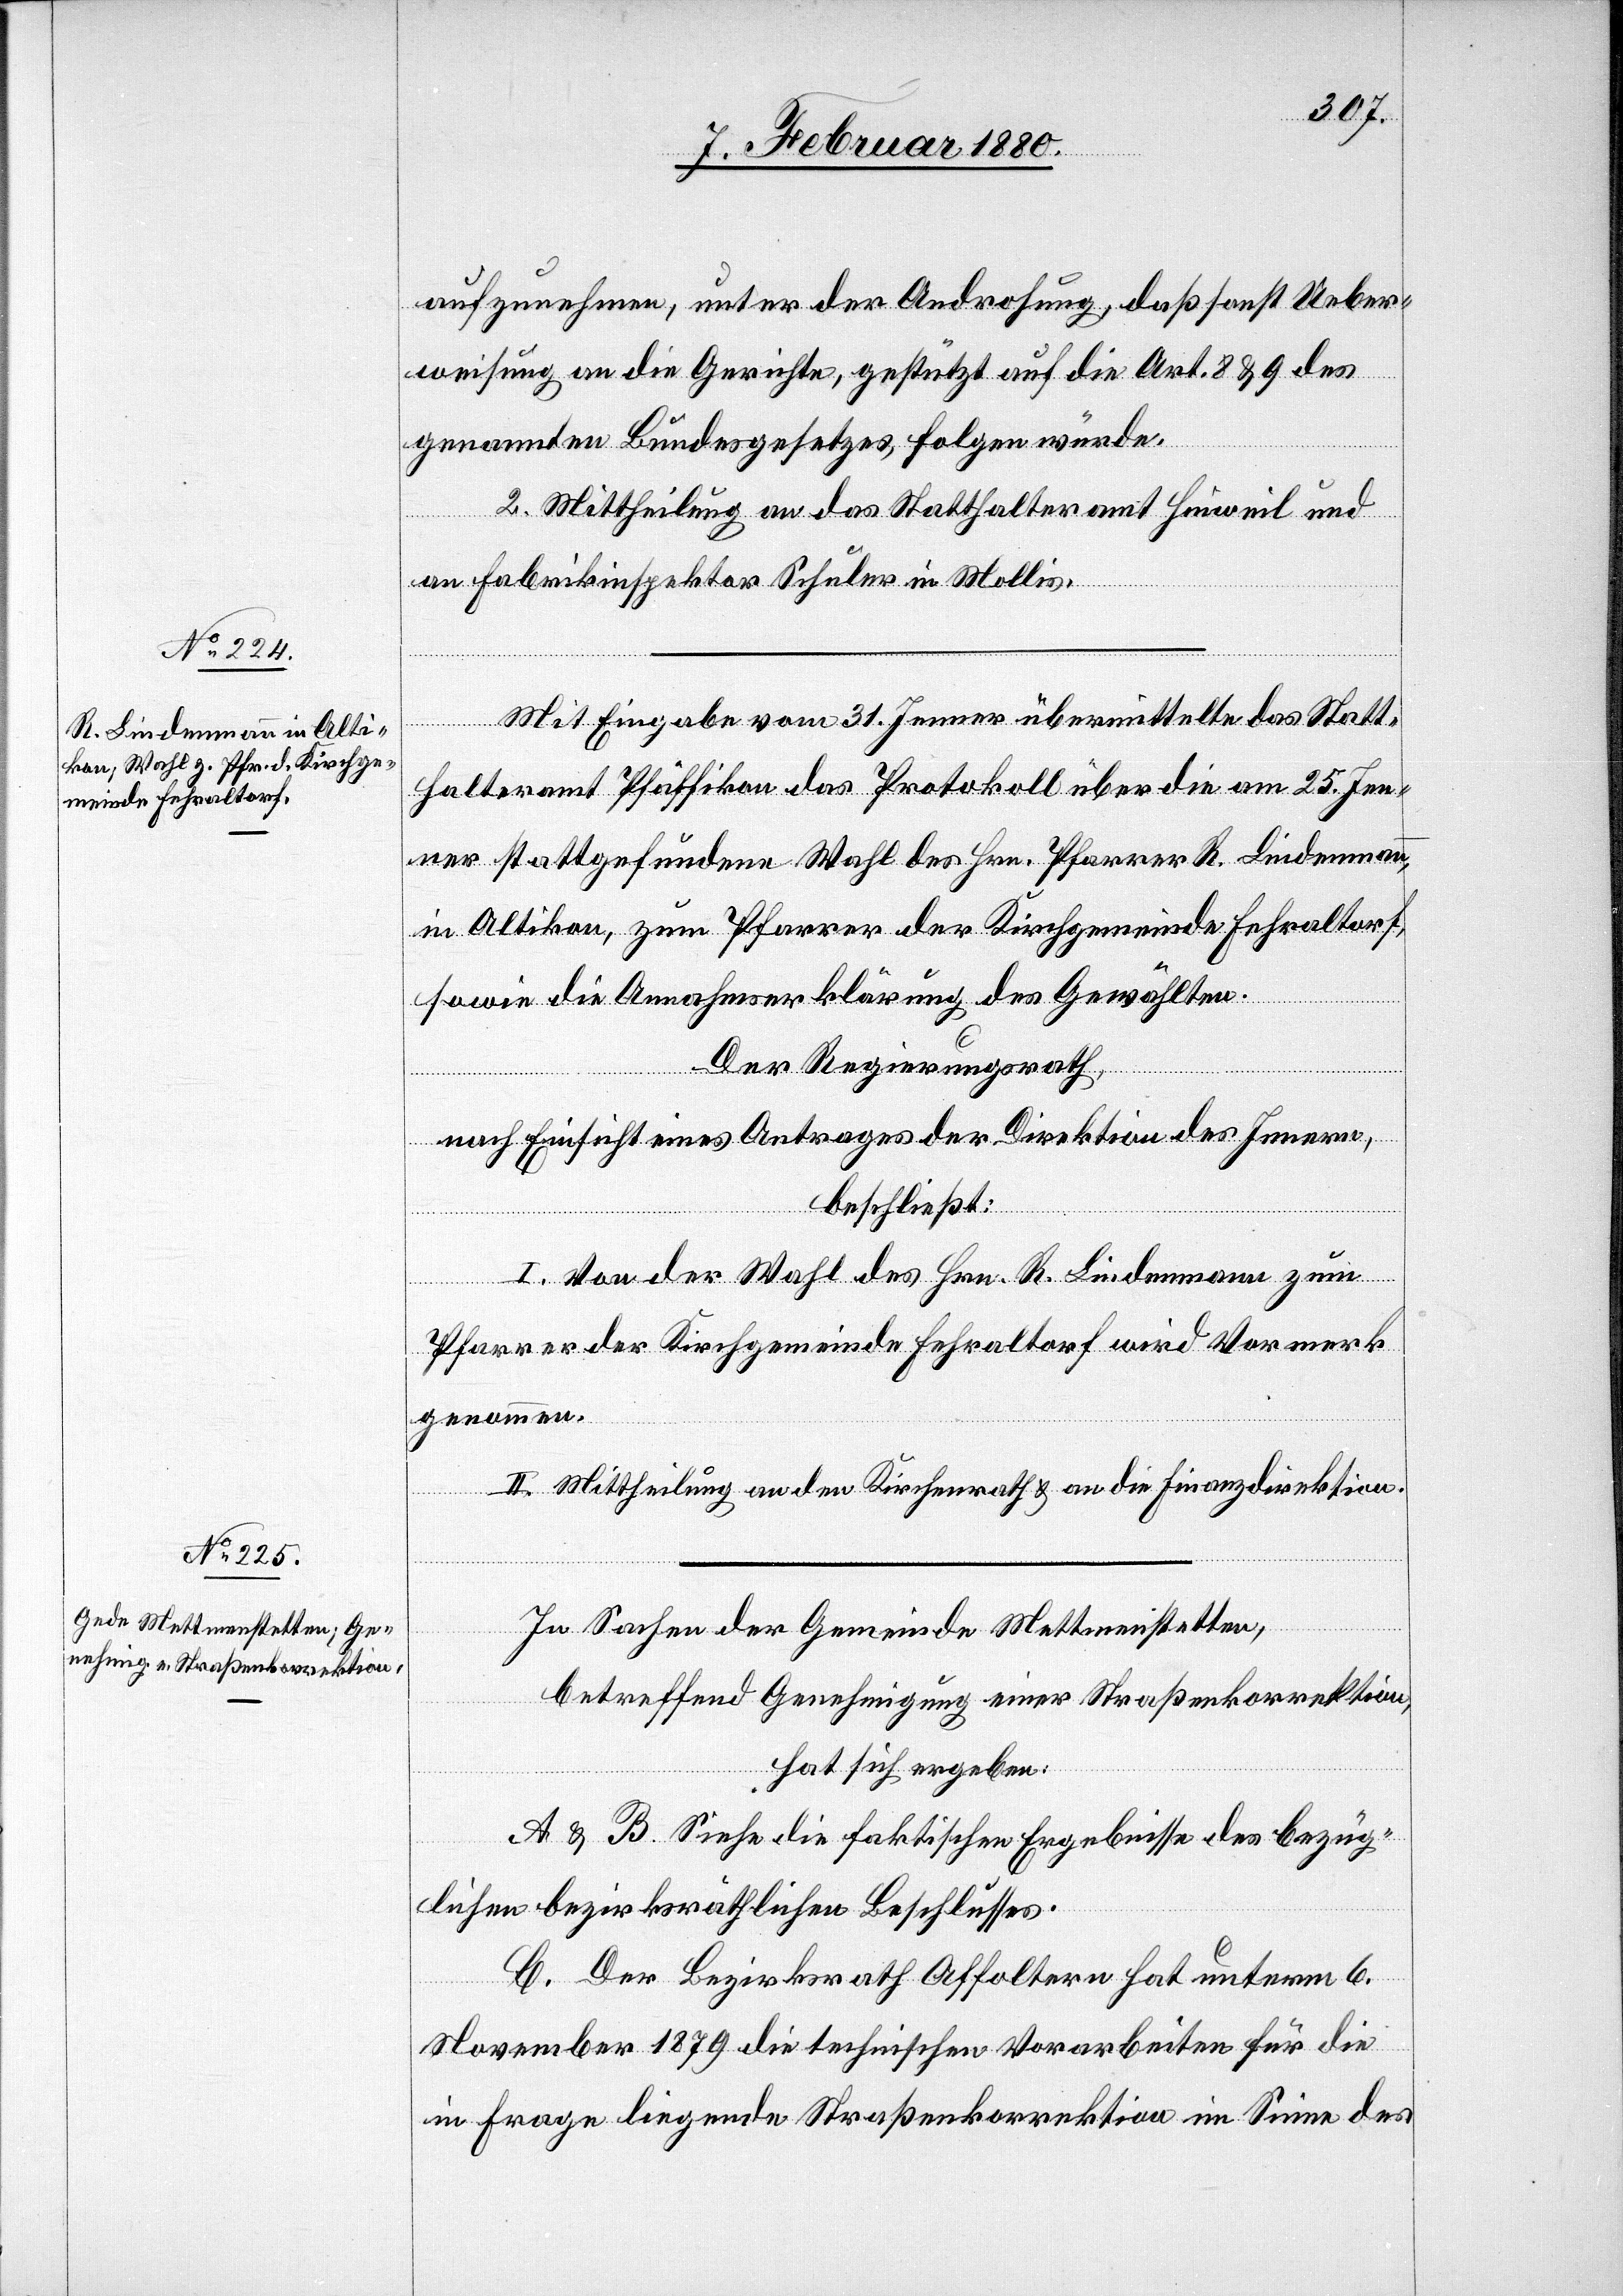
aufzunehmen, unter der Androhung, daß sonst Ueber¬
weisung an die Gerichte, gestützt auf die Art. 8 & 9 des
genannten Bundesgesetzes, folgen würde.
2. Mittheilung an das Statthalteramt Hinweil und
an Fabrikinspektor Schuler in Mollis.
Mit Eingabe vom 31. Jenner übermittelte das Statt¬
halteramt Pfäffikon das Protokoll über die am 25. Jen¬
ner stattgefundene Wahl des Hrn. Pfarrer R. Lindenmann
in Altikon, zum Pfarrer der Kirchgemeinde Fehraltorf,
sowie die Annahmserklärung des Gewählten.
Der Regierungsrath,
nach Einsicht eines Antrages der Direktion des Innern,
beschließt:
I. Von der Wahl des Hrn. R. Lindenmann zum
Pfarrer der Kirchgemeinde Fehraltorf wird Vormerk
genommen.
II. Mittheilung an den Kirchenrath & an die Finanzdirektion.
In Sachen der Gemeinde Mettmenstetten,
betreffend Genehmigung einer Straßenkorrektion,
hat sich ergeben:
A & B. Siehe die faktischen Ergebnisse des bezüg¬
lichen bezirksräthlichen Beschlusses.
C. Der Bezirksrath Affoltern hat unterm 6.
November 1879 die technischen Vorarbeiten für die
in Frage liegende Straßenkorrektion im Sinne des